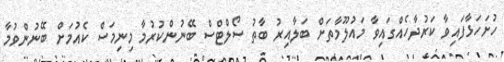
ހުށަހަޅާފައިވާ ކަރުދާހެއްގައިވާ މައުލޫމާތަށް ބަލާއިރު ބާތު ސޯލްޓްސް ބޭނުންކުރުމާ މިނިމަސް ކެއުމަށް ބޭނުންވުމާ